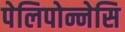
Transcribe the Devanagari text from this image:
पेलिपोन्नेसि